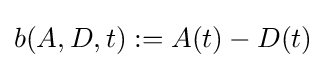
b(A,D,t):=A(t)-D(t)